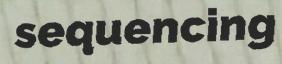
sequencing